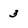
Character: 3